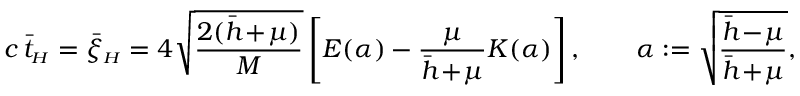
c \, \bar { t } _ { { \scriptscriptstyle H } } = \bar { \xi } _ { { \scriptscriptstyle H } } = 4 \sqrt { \frac { 2 ( \bar { h } \! + \! \mu ) } M } \left[ E ( \alpha ) - \frac { \mu } { \bar { h } \! + \! \mu } K ( \alpha ) \right] , \qquad \alpha : = \sqrt { \frac { \bar { h } \! - \! \mu } { \bar { h } \! + \! \mu } } ,